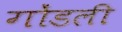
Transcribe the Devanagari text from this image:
गोंडली